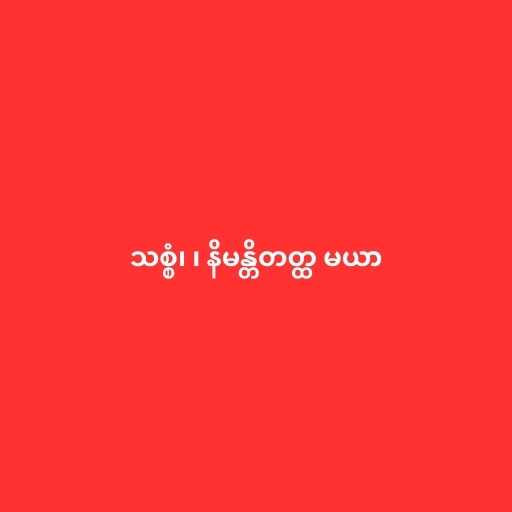
သစ္စံ၊ ၊ နိမန္တိတတ္ထ မယာ